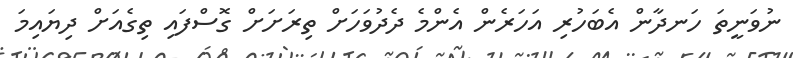
ނުވަނީތަ ހަނދާން އެބަހުރި އަހަރެން އެންމެ ދެދުވަހަށް ތިރަށަށް ގޮސްފައި ތިގެއަށް ދިޔައިމަ